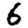
Digit: 6